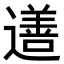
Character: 𨗚